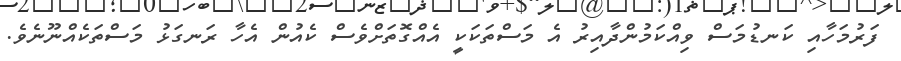
ފަރުމަހާއި ކަނޑުމަސް ވިއްކަމުންދާއިރު އެ މަސްތަކަކީ އެއްގޮތަށްވެސް ކެއުން އެހާ ރަނގަޅު މަސްތަކެއްނޫނެވެ.